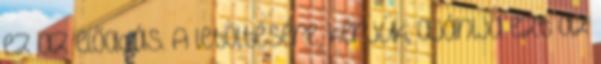
ez az előadás. A letöltésére, kérjük, ajánlja ezt az